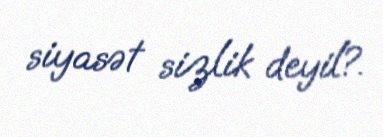
siyasət sizlik deyil?.